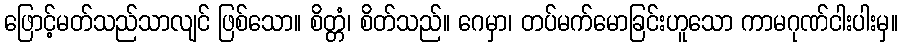
ဖြောင့်မတ်သည်သာလျင် ဖြစ်သော။ စိတ္တံ၊ စိတ်သည်။ ဂေမှာ၊ တပ်မက်မောခြင်းဟူသော ကာမဂုဏ်ငါးပါးမှ။